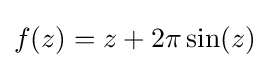
f(z)=z+2\pi \sin(z)